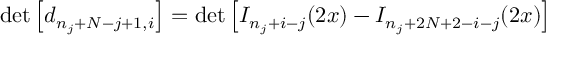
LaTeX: \operatorname * { d e t } \left[ d _ { n _ { j } + N - j + 1 , i } \right] = \operatorname * { d e t } \left[ I _ { n _ { j } + i - j } ( 2 x ) - I _ { n _ { j } + 2 N + 2 - i - j } ( 2 x ) \right]